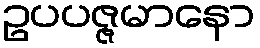
ဥပပဇ္ဇမာနော